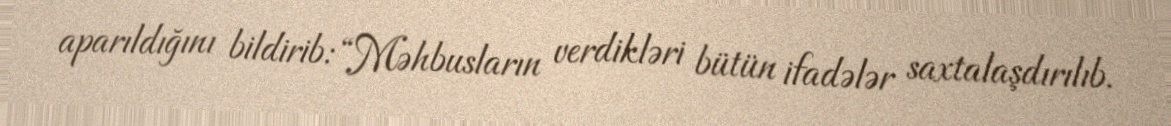
aparıldığını bildirib: “Məhbusların verdikləri bütün ifadələr saxtalaşdırılıb.